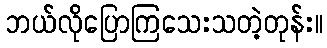
ဘယ်လိုပြောကြသေးသတဲ့တုန်း။